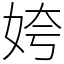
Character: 姱